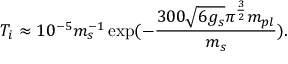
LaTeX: T _ { i } \approx 1 0 ^ { - 5 } m _ { s } ^ { - 1 } \exp ( - \frac { 3 0 0 \sqrt { 6 g _ { s } } \pi ^ { \frac { 3 } { 2 } } m _ { p l } } { m _ { s } } ) .